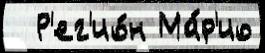
  Р'ег'ио́н Ма́р'ио